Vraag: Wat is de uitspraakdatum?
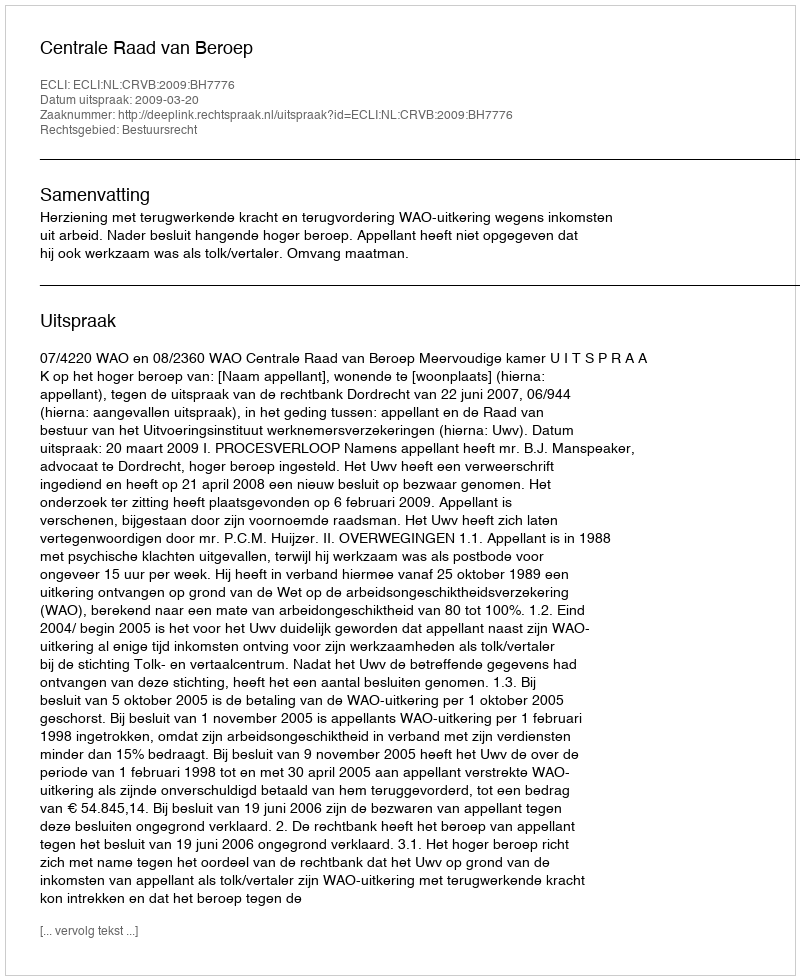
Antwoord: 2009-03-20